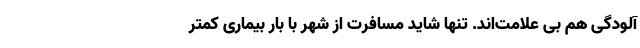
آلودگی هم بی علامت‌اند. تنها شاید مسافرت از شهر با بار بیماری کمتر